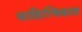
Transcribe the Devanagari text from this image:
साहित्यिकात